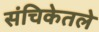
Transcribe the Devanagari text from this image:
संचिकेतले